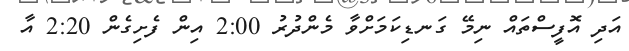
އަދި އޮފީސްތައް ނިމޭ ގަނޑިކަމަށްވާ މެންދުރު 2:00 އިން ފެށިގެން 2:20 އާ